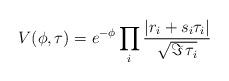
LaTeX: \begin{align*}V(\phi,\tau) = e^{- \phi} \prod_i \frac{|r_i + s_i \tau_i|}{\sqrt{\Im\,\tau_i}}\end{align*}